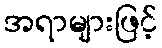
အရာများဖြင့်